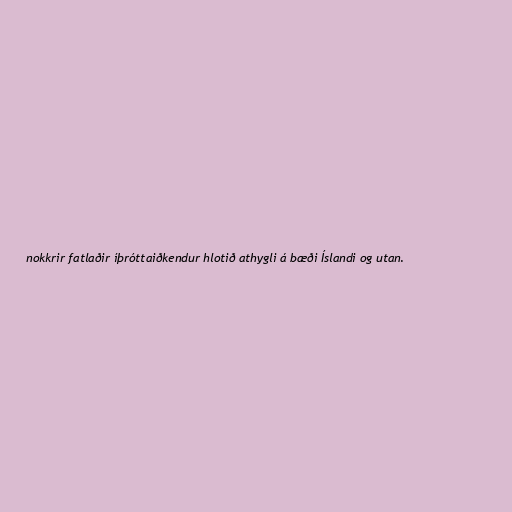
nokkrir fatlaðir íþróttaiðkendur hlotið athygli á bæði Íslandi og utan.